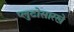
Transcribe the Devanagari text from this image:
प्लुटोसारखे